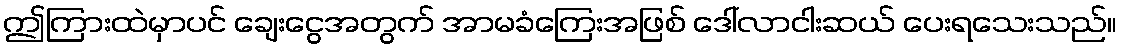
ဤကြားထဲမှာပင် ချေးငွေအတွက် အာမခံကြေးအဖြစ် ဒေါ်လာငါးဆယ် ပေးရသေးသည်။